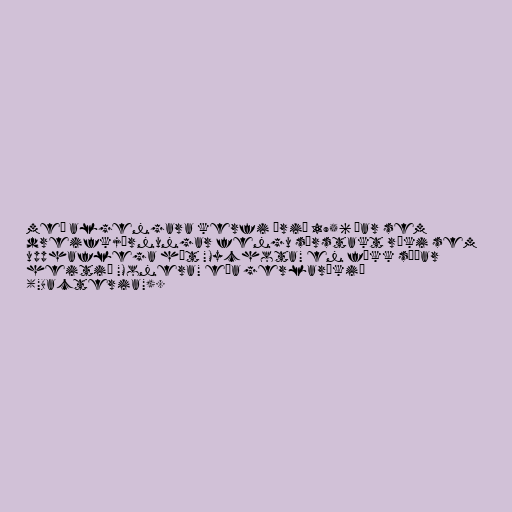
með algengara kerfi árið 1956 þar sem
dreifkjörnungar fengu sérstakt ríki sem
upphaflega hét "Mychota" en fékk síðar
heitið "Monera" eða gerlaríkið
("Bacteria").